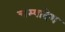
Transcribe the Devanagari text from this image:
चम्पादेश